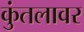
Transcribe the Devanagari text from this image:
कुंतलावर